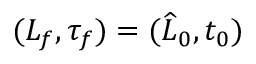
( L _ { f } , \tau _ { f } ) = ( \widehat { L } _ { 0 } , t _ { 0 } )